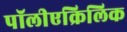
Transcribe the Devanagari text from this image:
पॉलीएक्रिलिक